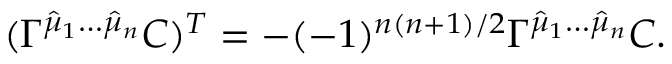
( \Gamma ^ { \hat { \mu } _ { 1 } \dots \hat { \mu } _ { n } } C ) ^ { T } = - ( - 1 ) ^ { n ( n + 1 ) / 2 } \Gamma ^ { \hat { \mu } _ { 1 } \dots \hat { \mu } _ { n } } C .